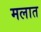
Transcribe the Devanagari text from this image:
मलात